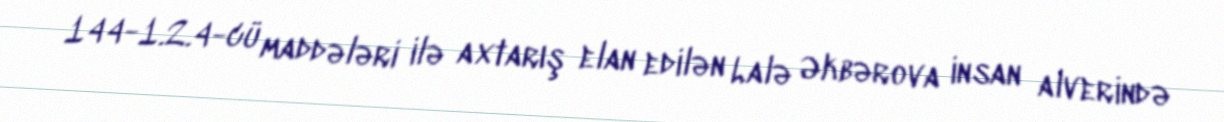
144-1.2.4-cü maddələri ilə axtarış elan edilən Lalə Əkbərova insan alverində